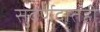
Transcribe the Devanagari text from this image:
सुवर्णदातही